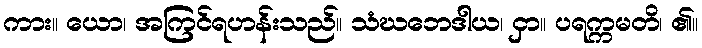
ကား။ ယော၊ အကြင်ရဟန်းသည်။ သံဃဘေဒါယ၊ ငှာ။ ပရက္ကမတိ၊ ၏။